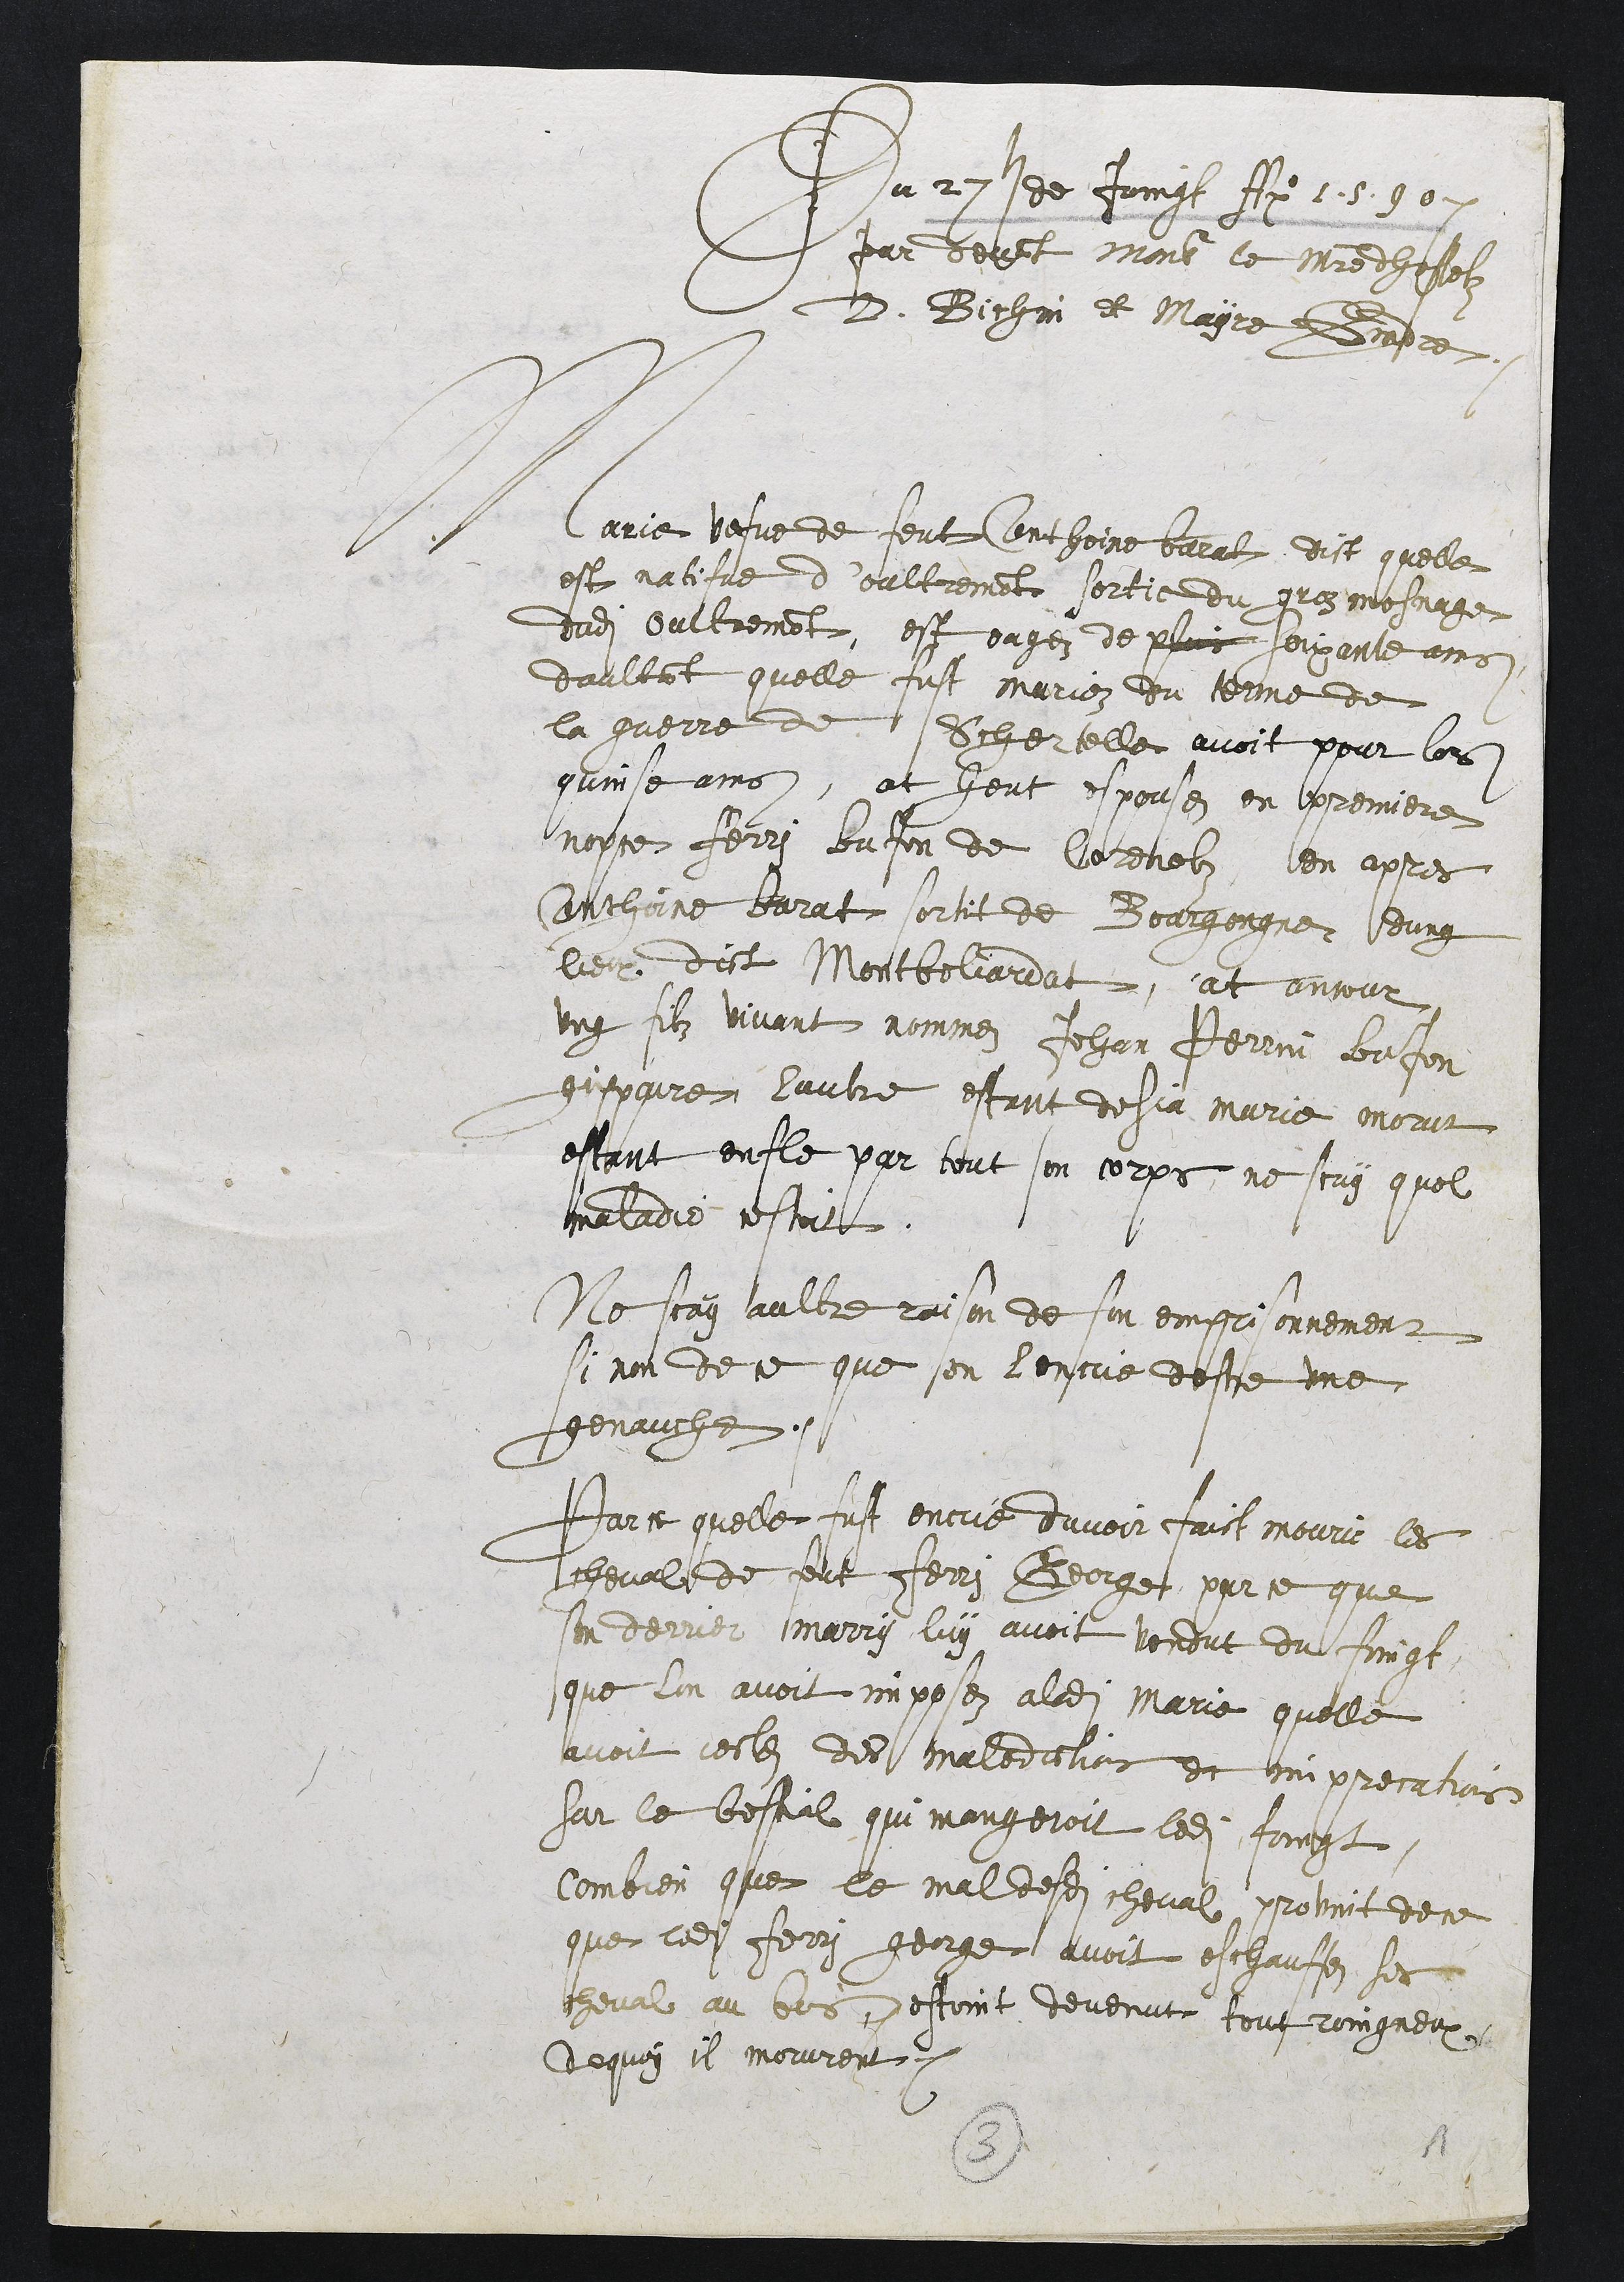
Du 2 de fougl Sil 1e 3 0n
par devnt monsiur le mitredhesez
S. Bichan Et Mayre Gnadre
Marier vefve de feut Conthore berut dit quelle
est natifve d’oultremente sortie du gres mesnage
dudit oultremeont, est eagez de pluis oiyx ante ains
daultrt quelle fust marion du tenme de
la guerre de Siz er telle avoit pour lors
guinse ains, at heut espousez en premiere
nopse Ferri Bufon de Corenelz, len apres
Anrhine barat sortnit de Bourgongne dung
lieu dict Montbeliardat, at anjour
ung silz vvant nommez Jehan Perrin Bafon
gipparre lautre estant desja marie morur
estant enlle par teut son corps ne scuy quel
maladie cestoit
Ne scay aultre raison de foun emprisonnement
si non de ce que son l’encre destse une
ggenauche.
Paict quelle fust encue duvoir faict mouri les
cheval de feut Fenri George par ce que
son derver marry luy avoit vondut du fingt
que l’on avoit imposez aldit Marie quelle
avoit lestes des maledichois et ummprecatrois
Sar le bestial qui mangeroit ledit foigt.
Combien que le mal desdits cheval provit dece
que ledit Ferri george avoit eschauffez ses
cheval au bes pestoint devenute tout roingneux
dequy il mourent